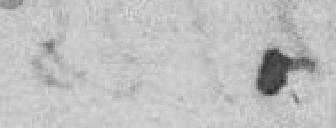
.